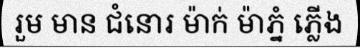
រួម មាន ជំនោរ ម៉ាក់ ម៉ាភ្នំ ភ្លើង